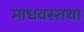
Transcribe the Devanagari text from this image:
माधवस्तथा